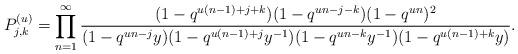
LaTeX: \begin{align*}P_{j, k}^{(u)} = \prod_{n=1}^\infty \frac{(1-q^{u(n-1)+j+k})(1-q^{un-j-k})(1-q^{un})^2}{(1-q^{un-j}y)(1-q^{u(n-1)+j}y^{-1})(1-q^{un-k}y^{-1})(1-q^{u(n-1)+k}y)}.\end{align*}